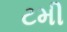
ટમી